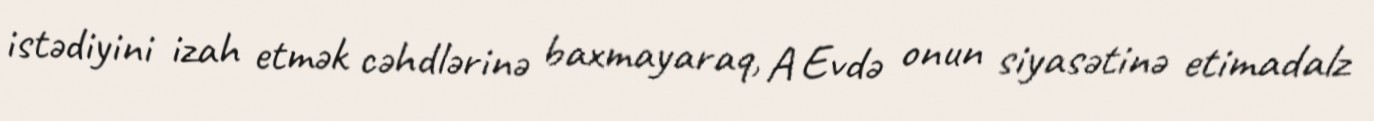
istədiyini izah etmək cəhdlərinə baxmayaraq, A Evdə onun siyasətinə etimadalz